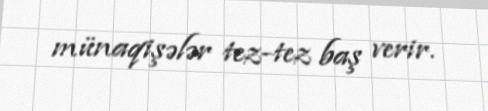
münaqişələr tez-tez baş verir.